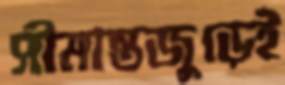
সীমান্তজুড়েই